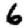
Digit: 6